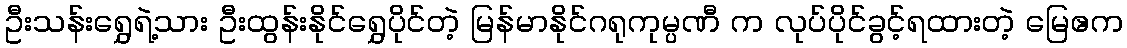
ဦးသန်းရွှေရဲ့သား ဦးထွန်းနိုင်ရွှေပိုင်တဲ့ မြန်မာနိုင်ဂရုကုမ္ပဏီ က လုပ်ပိုင်ခွင့်ရထားတဲ့ မြေဧက